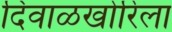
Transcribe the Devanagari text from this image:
दिवाळखोरिला